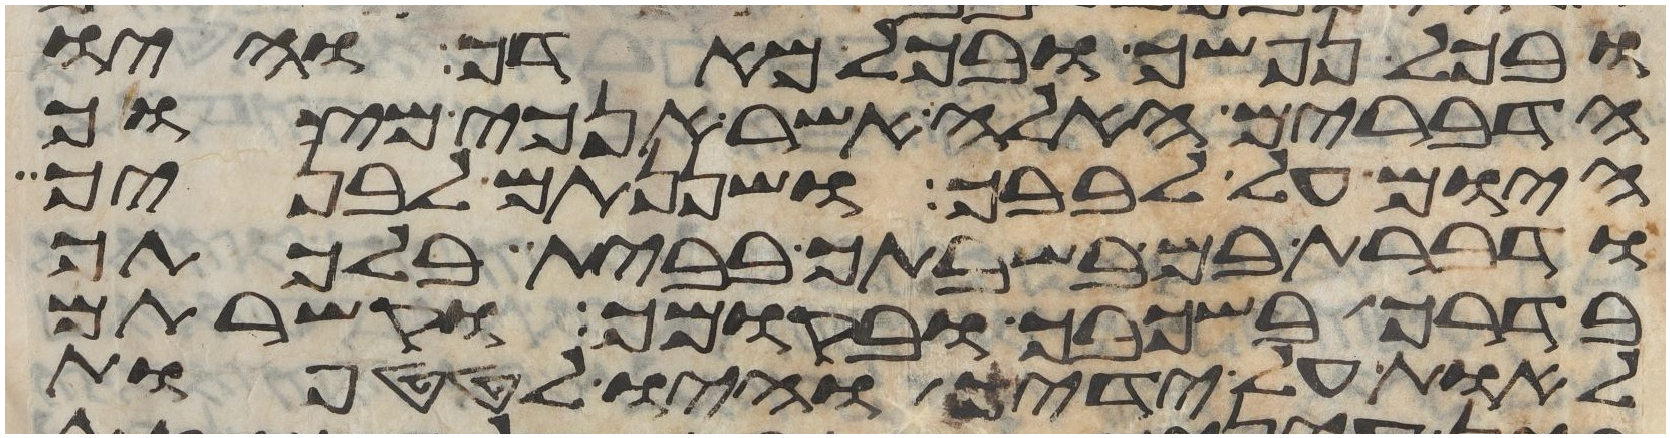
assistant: ובכל נפשך ובכל מאדך והיו
הדברים האלה אשר אנכי מצוך
היום על לבבך ושננתם לבניך
ודברת בם בשבתך בבית בלכתך
בדרך בשכבך ובקומך וקשרתם
לאות על ידיך והיו לטטפות